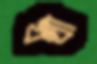
খথা